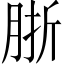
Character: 䏳